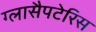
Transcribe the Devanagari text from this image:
ग्लासैपटेरिस